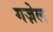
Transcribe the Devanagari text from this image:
गज़ेल